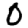
Digit: 0